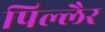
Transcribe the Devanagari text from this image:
पिल्लैर